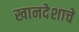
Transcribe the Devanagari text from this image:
खानदेशाचे